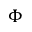
\Phi